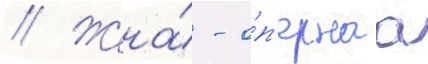
// Жена́ - о́п'ернаа